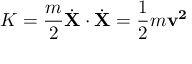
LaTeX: K = { \frac { m } { 2 } } { \dot { \mathbf { X } } } \cdot { \dot { \mathbf { X } } } = { \frac { 1 } { 2 } } m { \mathbf { v ^ { 2 } } }